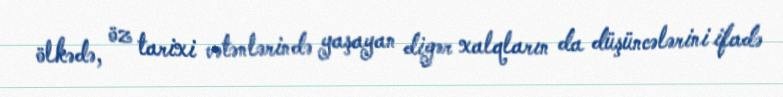
ölkədə, öz tarixi vətənlərində yaşayan digər xalqların da düşüncələrini ifadə